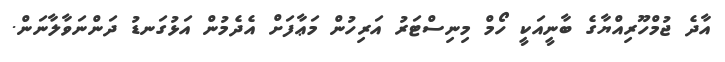
އާދެ ޖުމްހޫރިއްޔާގެ ބާނީއަކީ ހޯމް މިނިސްޓަރު އަރިހުން މަޢާފަށް އެދެމުން އަޅުގަނޑު ދަންނަވާލާނަން.